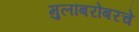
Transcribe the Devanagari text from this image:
मुलांबरोबरचे